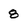
Character: 8